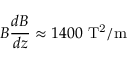
B { \frac { d B } { d z } } \approx 1 4 0 0 \ \mathrm { T ^ { 2 } / m }